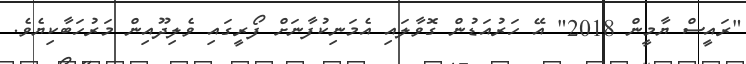
"ރައީސް ޔާމީން 2018" އޭ ހަރުއަޑުން ގޮވާލައި އެމަނިކުފާނަށް ފޯރީގައި ވެލިދޫއިން މަރުހަބާކިޔެވެ.